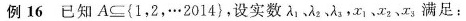
例16 已知 A\subseteq{1，2，··· 2014}，设实数 λ_{1}、λ_{2}、λ_{3}，x_{1}x_{2}、x_{3} 满足：